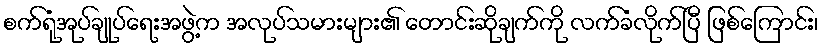
စက်ရုံအုပ်ချုပ်ရေးအဖွဲ့က အလုပ်သမားများ၏ တောင်းဆိုချက်ကို လက်ခံလိုက်ပြီ ဖြစ်ကြောင်း၊